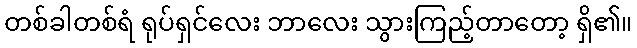
တစ်ခါတစ်ရံ ရုပ်ရှင်လေး ဘာလေး သွားကြည့်တာတော့ ရှိ၏။